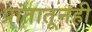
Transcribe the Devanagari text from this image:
प्रांतातूनही